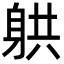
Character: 𮜲